Report on vaccination in Madras 1895-1903 - 1895-1903
Year: 1895
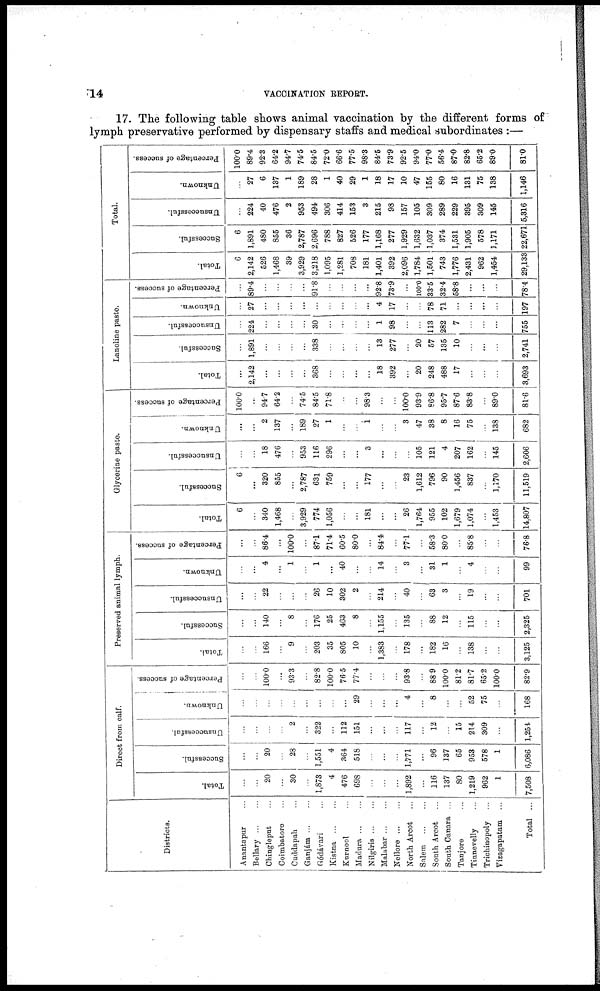
14
VACCINATION REPORT.
17. The following table shows animal vaccination by the different forms of
lymph preservative performed by dispensary staffs and medical subordinates :—
Districts.
Anantapur ...
Bellary ... ...
Chingleput ...
Coimbatore ...
Cuddapah ...
Ganjám ... ...
Gódávari ...
Kistna ... ...
Kurnool ...
Madura ... ...
Nilgiris ... ...
Malabar ... ...
Nellore ... ...
North Arcot ...
Salem
...
...
South Arcot ...
South Canara ...
Tanjore ...
Tinnevelly ...
Trichinopoly ...
Vizagapatam ...
Total ...
Direct from calf.
Total.
...
...
20
...
30
...
1,873
4
476
698
...
...
...
1,892
...
116
137
80
1,219
962
1
7,508
Successful.
...
...
20
...
28
...
1,551
4
364
518
...
...
...
1,771
...
96
137
65
953
578
1
6,086
Unsuccessful.
...
...
...
...
2
...
322
...
112
151
...
...
...
117
...
12
...
15
214
309
...
1,254
Unknown.
...
...
...
...
...
...
...
...
...
29
...
...
...
4
...
8
...
...
52
75
...
168
Percentage of success.
...
...
100.0
...
93.3
...
82.8
100.0
76.5
77.4
...
...
...
93.8
...
88.9
100.0
81.2
81.7
65.2
100.0
82.9
Preserved animal lymph.
Total.
...
...
166
...
9
...
203
35
805
10
...
1,383
...
178
...
182
16
...
138
...
...
3,125
Successful.
...
...
140
...
8
...
176
25
463
8
...
1,155
...
135
...
88
12
...
115
...
...
2,325
Unsuccessful.
...
...
22
...
...
...
26
10
302
2
...
214
...
40
...
63
3
...
19
...
...
701
Unknown.
...
...
4
...
1
...
1
...
40
...
...
14
...
3
...
31
1
...
4
...
...
99
Percentage of success.
...
...
86.4
...
100.0
...
87.1
71.4
60.5
80.0
...
84.4
...
77.1
...
58.3
80.0
...
85.8
...
...
76.8
Glycerine paste.
Total.
6
...
340
1,468
...
3,929
774
1,056
...
...
181
...
...
26
1,764
955
102
1,679
1,074
...
1,453
14,807
Successful.
6
...
320
855
...
2,787
631
759
...
...
177
...
...
23
1,612
796
90
1,456
837
...
1,170
11,519
Unsuccessful.
...
...
18
476
...
953
116
296
...
...
3
...
...
...
105
121
4
207
162
...
145
2,606
Unknown.
...
...
2
137
...
189
27
1
...
...
1
...
...
3
47
38
8
16
75
...
138
682
Percentage of success.
100.0
...
94.7
64.2
...
74.5
84.5
71.8
...
...
98.3
...
...
100.0
93.9
86.8
95.7
87.6
83.8
...
89.0
81.6
Lanoline paste.
Total.
...
2,142
...
...
...
...
368
...
...
...
...
18
392
...
20
248
488
17
...
...
...
3,693
Successful.
...
1,891
...
...
...
...
338
...
...
...
...
13
277
...
20
57
135
10
...
...
...
2,741
Unsuccessful.
...
224
...
...
...
...
30
...
...
...
...
1
98
...
...
113
282
7
...
...
...
755
Unknown.
...
27
...
...
...
...
...
...
...
...
...
4
17
...
...
78
71
...
...
...
...
197
Percentage of success.
...
89.4
...
...
...
...
91.8
...
...
...
...
92.8
73.9
...
100.0
33.5
32.4
58.8
...
...
...
78.4
Total.
Total.
6
2,142
526
1,468
39
3,929
3,218
1,095
1,281
708
181
1,401
392
2,096
1,784
1,501
743
1,776
2,431
962
1,454
29,133
Successful.
6
1,891
480
855
36
2,787
2,696
788
827
526
177
1,168
277
1,929
1,632
1,037
374
1,531
1,905
578
1,171
22,671
Unsuccessful.
...
224
40
476
2
953
494
306
414
153
3
215
98
157
105
309
289
229
395
309
145
5,316
Unknown.
...
27
6
137
1
189
28
1
40
29
1
18
17
10
47
155
80
16
131
75
138
1,146
Percentage of success.
100.0
89.4
92.3
64.2
94.7
74.5
84.5
72.0
66.6
77.5
98.3
84.5
73.9
92.5
94.0
77.0
56.4
87.0
82.8
65.2
89.0
81.0